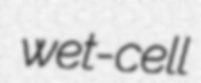
wet-cell